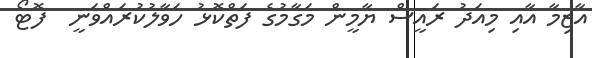
އާޒިމާ އާއި މިއަދު ރައީސް ޔާމީން މަގާމުގެ ފަތްކޮޅު ހަވާލުކުރައްވަނީ  ފޮޓޯ